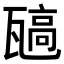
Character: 𬎯